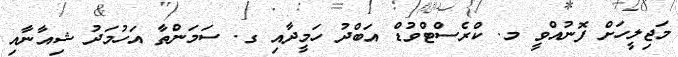
މަޖިލީހަށް ފޮނުއްވީ މ. ކްރެސްޓްވުޑް އަބްދު ހަމީދާއި ގ. ސަމަންތާ އަހުމަދު ޝިއާނާއި